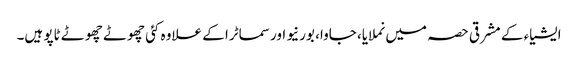
ایشیاء کے مشرقی حصہ میں نملایا، جاوا، بورنیو اور سماٹرا کے علاوہ کئی چھوٹے چھوٹے ٹاپو ہیں۔